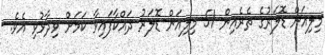
މިލިއަން ޑޮލަރުގެ ތެރެއިން 51 މިލިއަން ޑޮލަރު ދައްކާފައިވާ ކަމަށް ވިދާޅުވި އެވެ.